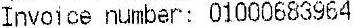
INVOICE NUMBER: 01000683964